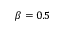
\beta = 0 . 5